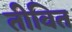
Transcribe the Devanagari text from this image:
तीवित